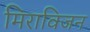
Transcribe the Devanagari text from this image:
मिराविजन